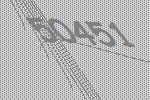
50451